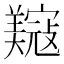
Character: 𫅟